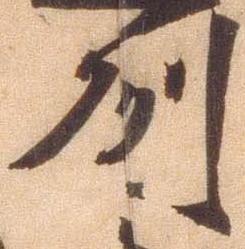
州